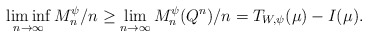
\begin{align*}\liminf_{n\to\infty}M_n^{\psi} / n \ge \lim_{n\to\infty}M_n^{\psi}(Q^n) / n = T_{W,\psi}(\mu) - I(\mu).\end{align*}